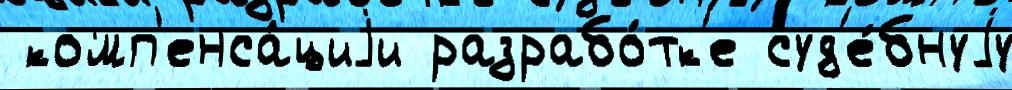
 комп'енса́циjи разрабо́тк'е суд'е́бнуjу